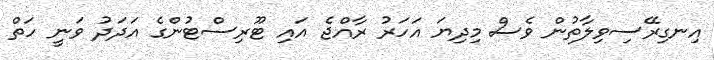
އިނގިރޭސިވިލާތުން ވެސް މިދިޔަ އަހަރު ރާއްޖެ އައި ޓޫރިސްޓުންގެ އަދަދު ވަނީ ހަތް